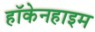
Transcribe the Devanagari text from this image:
हॉकेनहाइम